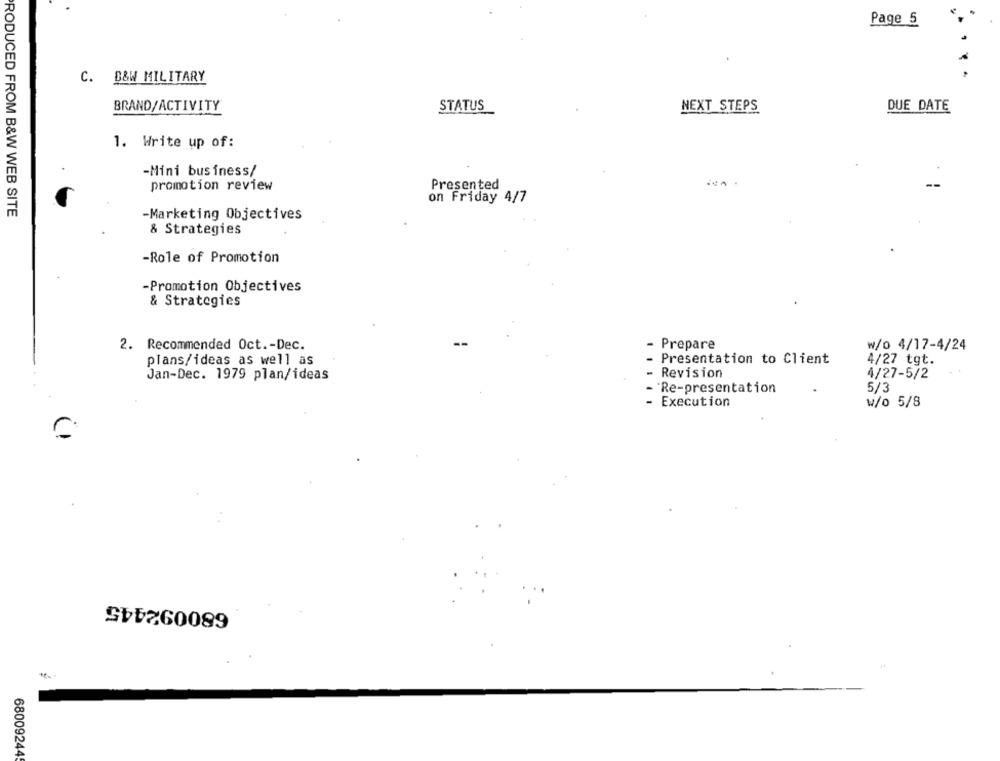
Page 5
C. D&W MILITARY
. .
BRAND/ACTIVITY
STATUS
NEXT STEPS
DUE DATE
1. Write up of:
-Mini business/
promotion review
Presented
on Friday 4/7
PRODUCED FROM B&W WEB SITE
-Marketing Objectives
& Strategies
-Role of Promotion
-Promotion Objectives
& Strategies
2. Recommended Oct .- Dec.
Prepare
w/0 4/17-4/24
plans/ideas as well as
- Presentation to Client
4/27 tgt.
Revision
Jan-Dec. 1979 plan/ideas
4/27-5/2
- Re-presentation
5/3
- Execution
w/o 5/8
680092445
68009244